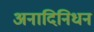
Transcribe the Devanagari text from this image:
अनादिनिधन